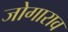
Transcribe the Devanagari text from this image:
जोगाराव